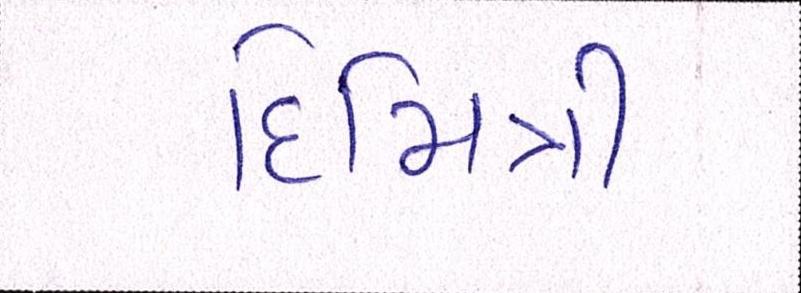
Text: દિમિત્રી